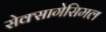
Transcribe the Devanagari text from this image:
सेक्सागेसिमल